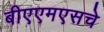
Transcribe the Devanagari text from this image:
बीएएमएसचे